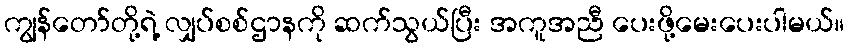
ကျွန်တော်တို့ရဲ့ လျှပ်စစ်ဌာနကို ဆက်သွယ်ပြီး အကူအညီ ပေးဖို့မေးပေးပါမယ်။